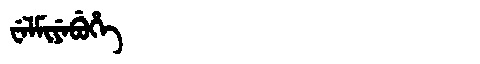
Manchu: ᠸᡝᠯᠮᡳᠶᡝᠪᡠᡥᡝ
Romanization: WELMIYEBUHE